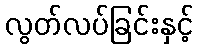
လွတ်လပ်ခြင်းနှင့်